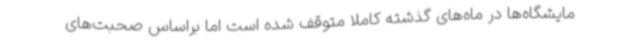
مایشگاه‌ها در ماه‌های گذشته کاملا متوقف شده است اما براساس صحبت‌های